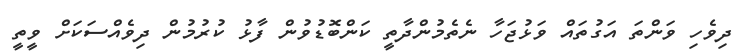
ދިވެހި ވަންތަ އަގުތައް ވަޅުޖަހާ ނެތެމުންދާތީ ކަންބޮޑުވުން ފާޅު ކުރުމުން ދިވެއްސަކަށް ވީތީ